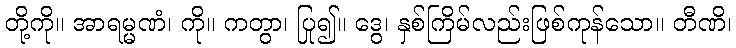
တို့ကို။ အာရမ္မဏံ၊ ကို။ ကတွာ၊ ပြု၍။ ဒွေ၊ နှစ်ကြိမ်လည်းဖြစ်ကုန်သော။ တီဏိ၊